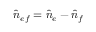
\hat { n } _ { e f } = \hat { n } _ { e } - \hat { n } _ { f }